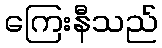
ကြေးနီသည်